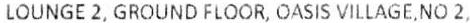
LOUNGE 2, GROUND FLOOR, OASIS VILLAGE,NO 2,